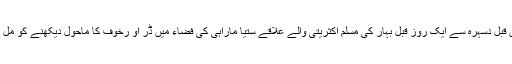
اکیس دن قبل دسہرہ سے ایک روز قبل بہار کی مسلم اکثریتی والے علاقے ستیا ماراہی کی فضاء میں ڈر او رخوف کا ماحول دیکھنے کو مل رہا ہے۔